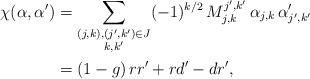
LaTeX: \begin{align*} \chi (\alpha, \alpha') & = \sum_{ \substack{ (j, k), (j', k') \in J \\ k, k' } } (-1)^{k/2} \, M_{j,k}^{j',k'} \, \alpha_{j,k} \, \alpha'_{j',k'} \\ & = (1 - g) \, r r' + r d' - d r',\end{align*}